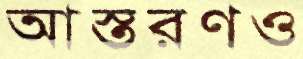
আস্তরণও